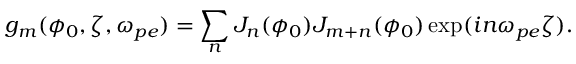
g _ { m } ( \phi _ { 0 } , \zeta , \omega _ { p e } ) = \sum _ { n } J _ { n } ( \phi _ { 0 } ) J _ { m + n } ( \phi _ { 0 } ) \exp ( i n \omega _ { p e } \zeta ) .